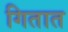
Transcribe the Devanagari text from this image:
गितात